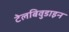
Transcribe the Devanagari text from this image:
टेलबिवुडाइन